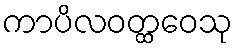
ကာပိလဝတ္ထဝေသု